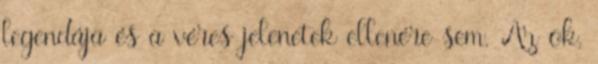
legendája és a véres jelenetek ellenére sem. Az ok,